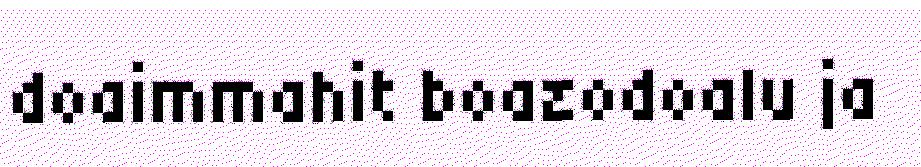
doaimmahit boazodoalu ja